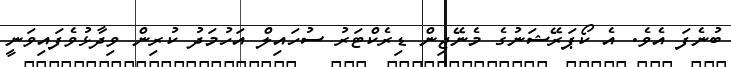
ބުނެފަ އެވެ. އެ ކޯޕަރޭޝަނުގެ މެނޭޖިން ޑިރެކްޓަރު ސުހައިލް އަހުމަދު ކުރިން ވިދާޅުވެފައިވަނީ